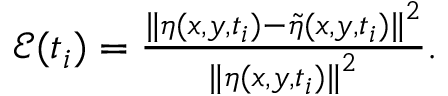
\begin{array} { r } { \mathcal { E } ( t _ { i } ) = \frac { { \lVert \eta ( x , y , t _ { i } ) - \tilde { \eta } ( x , y , t _ { i } ) \rVert } ^ { 2 } } { { \lVert \eta ( x , y , t _ { i } ) \rVert } ^ { 2 } } . } \end{array}